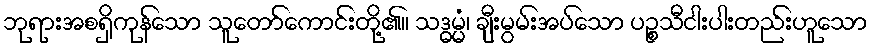
ဘုရားအစရှိကုန်သော သူတော်ကောင်းတို့၏။ သဒ္ဓမ္မံ၊ ချီးမွမ်းအပ်သော ပဉ္စသီငါးပါးတည်းဟူသော